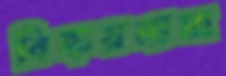
বিক্রয়নামা